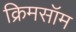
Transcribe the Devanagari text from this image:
क्रिमसॉम